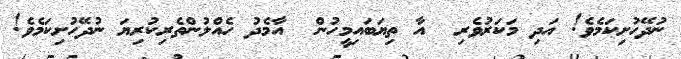
ނުދޭހުށިކަމެވެ! އަދި މަކަރުވެރި  އާ ތިޔަބައިމީހުން  އާމެދު ހެއްލުންތެރިކުރިޔަ ނުދޭހުށިކަމެވެ!